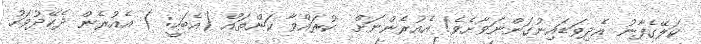
ކަލޭގެފާނު އެދިވަޑައިނުގަންނަވާށެވެ! އެއުރެންނަށް  ކުރައްވާ ކަންތައް (އެބަހީ: ) އެއުރެން ދެކޭދުވަހު